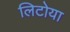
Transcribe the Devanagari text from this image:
लिटोया